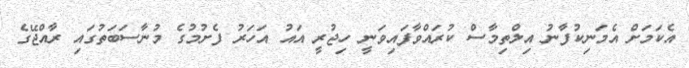
އެކަމަށް އެމަނިކުފާނު އިލްތިމާސް ކުރައްވާފައިވަނީ ހިޖުރީ އައު އަހަރު ފެށުމުގެ މުނާސަބަތުގައި ރާއްޖޭގެ